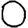
Digit: 0